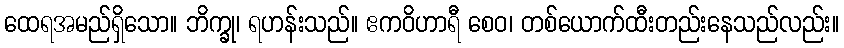
ထေရအမည်ရှိသော။ ဘိက္ခု၊ ရဟန်းသည်။ ဧကဝိဟာရီ စေဝ၊ တစ်ယောက်ထီးတည်းနေသည်လည်း။